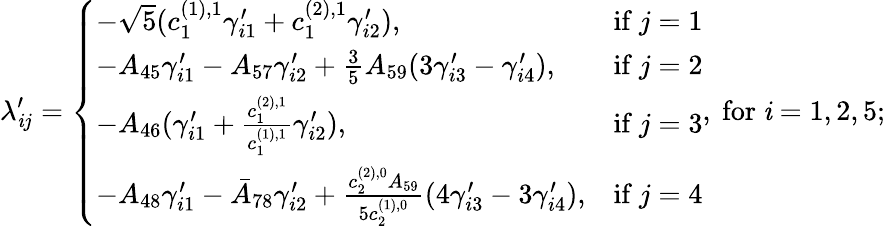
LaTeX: \lambda_{\mathit{i}j}^{\prime}=\left\{ \begin{array}{ll}{-\sqrt{5}(c_{1}^{(1),1}\gamma_{i1}^{\prime}+c_{1}^{(2),1}\gamma_{i2}^{\prime}),}&{\mathrm{if~}j=1}\\ {-A_{45}\gamma_{i1}^{\prime}-A_{57}\gamma_{i2}^{\prime}+\frac{3}{5}A_{59}(3\gamma_{i3}^{\prime}-\gamma_{i4}^{\prime}),}&{\mathrm{if~}j=2}\\ {-A_{46}(\gamma_{i1}^{\prime}+\frac{c_{1}^{(2),1}}{c_{1}^{(1),1}}\gamma_{i2}^{\prime}),}&{\mathrm{if~}j=3}\\ {-A_{48}\gamma_{i1}^{\prime}-\bar{A}_{78}\gamma_{i2}^{\prime}+\frac{c_{2}^{(2),0}A_{59}}{5c_{2}^{(1),0}}(4\gamma_{i3}^{\prime}-3\gamma_{i4}^{\prime}),}&{\mathrm{if~}j=4}\end{array}\right.,\mathrm{{~for~}}\mathit{i}=1,2,5;